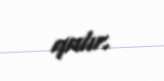
qalır.